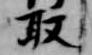
取